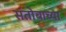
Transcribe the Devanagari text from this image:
संतोबाच्या